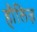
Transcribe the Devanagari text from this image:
हौलिज़